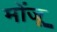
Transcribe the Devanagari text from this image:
मोंजू